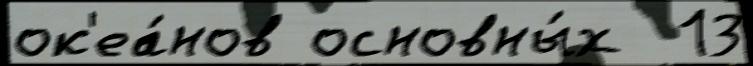
ок'еа́нов основны́х  13